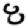
Digit: 8